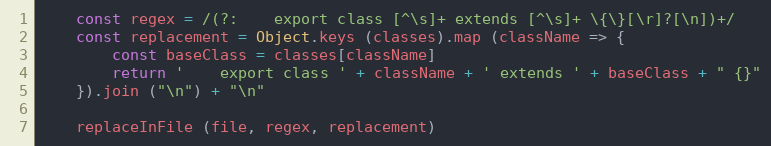
Language: JavaScript
    const regex = /(?:    export class [^\s]+ extends [^\s]+ \{\}[\r]?[\n])+/
    const replacement = Object.keys (classes).map (className => {
        const baseClass = classes[className]
        return '    export class ' + className + ' extends ' + baseClass + " {}"
    }).join ("\n") + "\n"

    replaceInFile (file, regex, replacement)